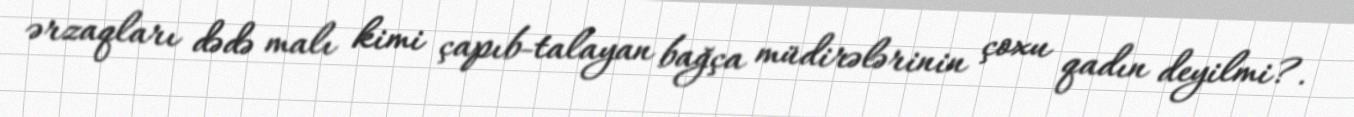
ərzaqları dədə malı kimi çapıb-talayan bağça müdirələrinin çoxu qadın deyilmi?.